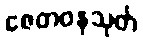
ဇေတဝနသုတ်